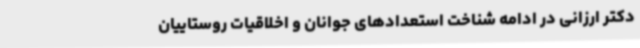
دکتر ارزانی در ادامه شناخت استعدادهای جوانان و اخلاقیات روستاییان